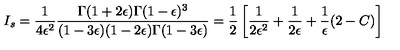
I _ { s } = { \frac { 1 } { 4 \epsilon ^ { 2 } } } { \frac { \Gamma ( 1 + 2 \epsilon ) \Gamma ( 1 - \epsilon ) ^ { 3 } } { ( 1 - 3 \epsilon ) ( 1 - 2 \epsilon ) \Gamma ( 1 - 3 \epsilon ) } } = { \frac { 1 } { 2 } } \left[ { \frac { 1 } { 2 \epsilon ^ { 2 } } } + { \frac { 1 } { 2 \epsilon } } + { \frac { 1 } { \epsilon } } ( 2 - C ) \right]